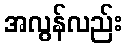
အလွန်လည်း